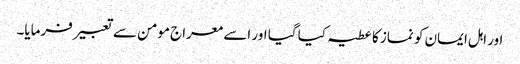
اور اہل ایمان کو نماز کا عطیہ کیا گیا اور اسے معراج مومن سے تعبیر فرمایا۔